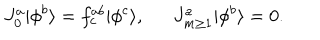
LaTeX: J _ { 0 } ^ { a } | \phi ^ { b } \rangle = f _ { c } ^ { a b } | \phi ^ { c } \rangle , J _ { m \ge 1 } ^ { a } | \phi ^ { b } \rangle = 0 .